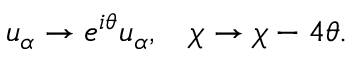
u _ { \alpha } \rightarrow e ^ { i \theta } u _ { \alpha } , \: \: \: \: \chi \rightarrow \chi - 4 \theta .